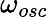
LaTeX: \omega_{osc}